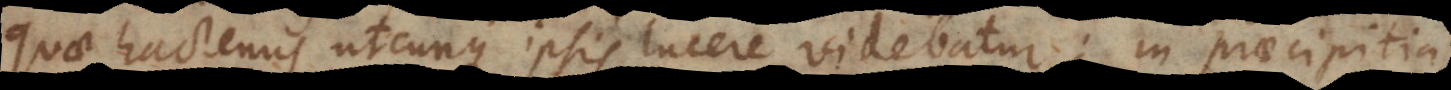
quae hactenus utcunque ipsis lucere videbatur; in praecipitia